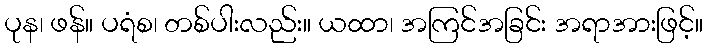
ပုန၊ ဖန်။ ပရံစ၊ တစ်ပါးလည်း။ ယထာ၊ အကြင်အခြင်း အရာအားဖြင့်။